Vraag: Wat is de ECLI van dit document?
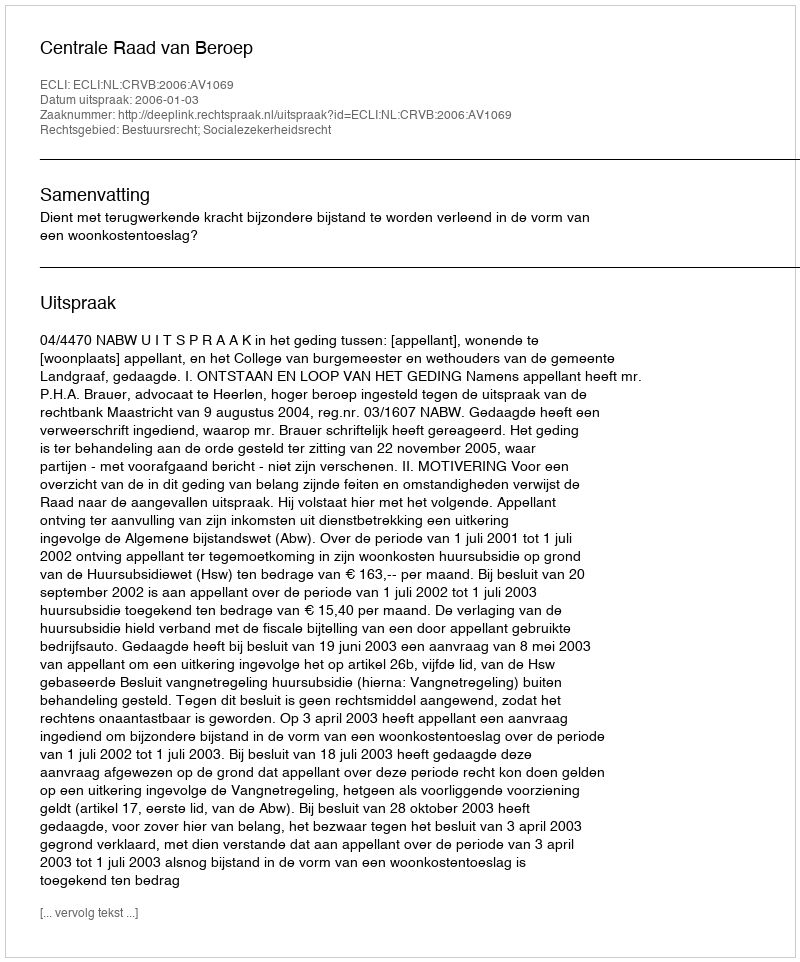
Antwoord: ECLI:NL:CRVB:2006:AV1069